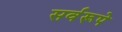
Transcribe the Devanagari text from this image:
सर्वरूपे